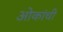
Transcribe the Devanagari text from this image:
ओकांची